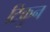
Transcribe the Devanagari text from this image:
टिकुन